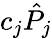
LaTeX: c_{j}\hat{P}_{j}